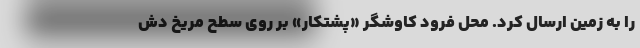
را به زمین ارسال کرد. محل فرود کاوشگر «پشتکار» بر روی سطح مریخ دش